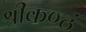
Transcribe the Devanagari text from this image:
श्रीकण्ठं